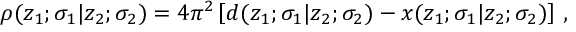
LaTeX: \rho ( z _ { 1 } ; \sigma _ { 1 } | z _ { 2 } ; \sigma _ { 2 } ) = 4 \pi ^ { 2 } \left[ d ( z _ { 1 } ; \sigma _ { 1 } | z _ { 2 } ; \sigma _ { 2 } ) - x ( z _ { 1 } ; \sigma _ { 1 } | z _ { 2 } ; \sigma _ { 2 } ) \right] \, ,